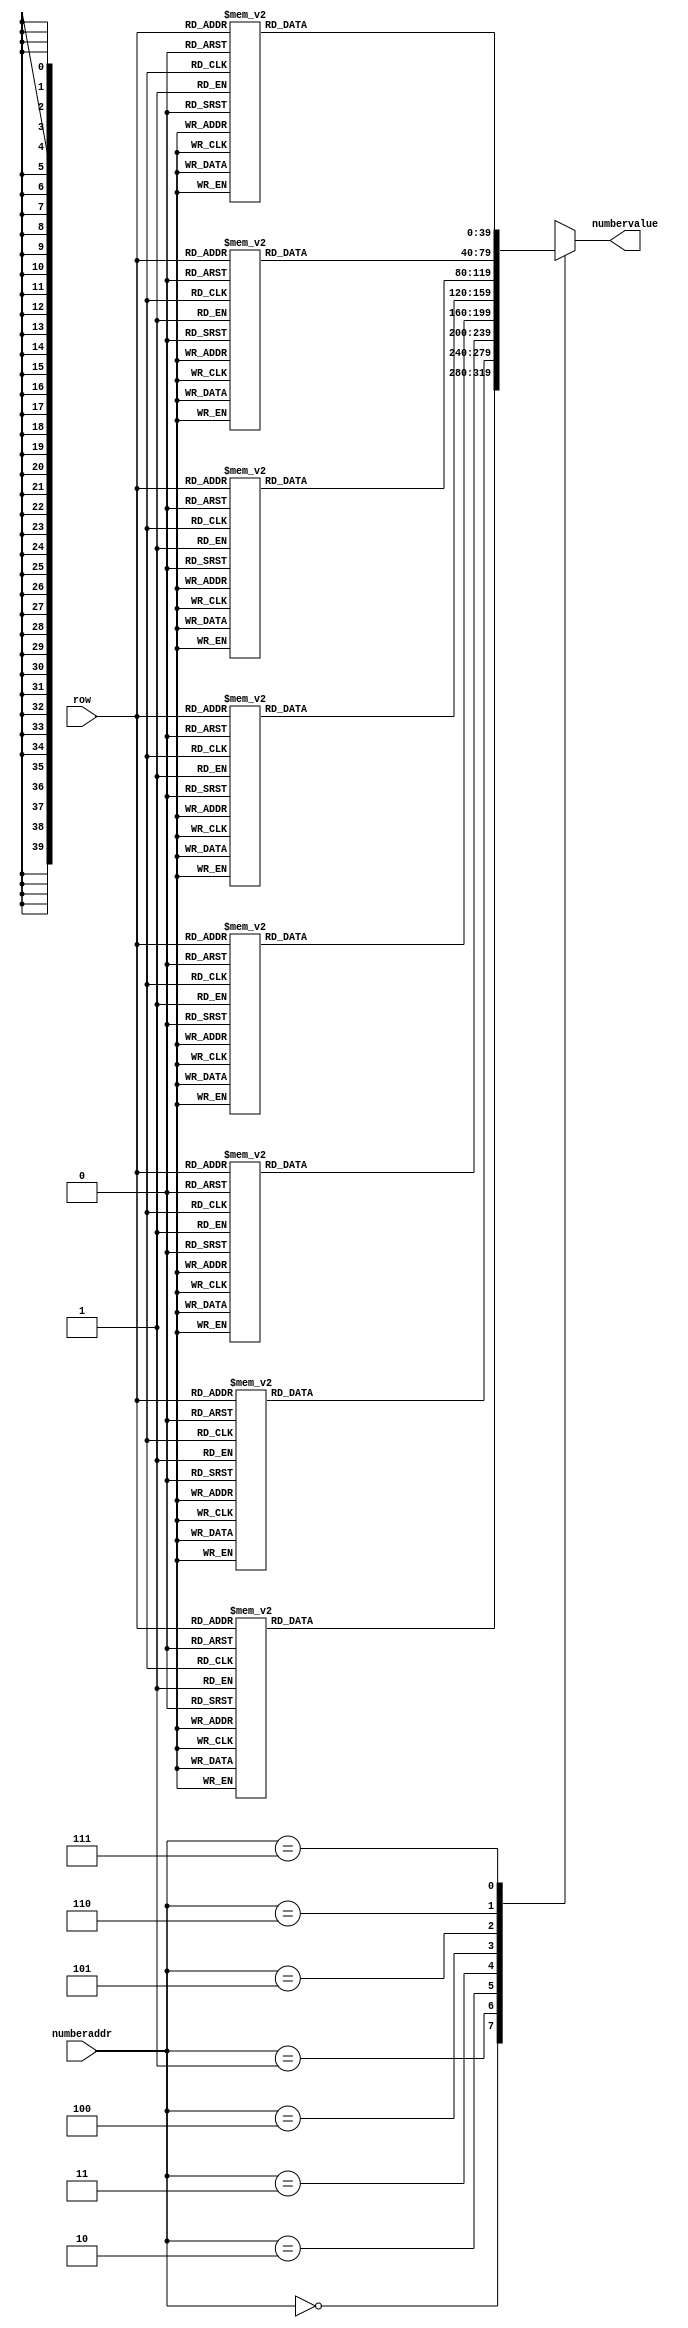
module NUMBER_ROM(numberaddr,row,numbervalue);
input [2:0] numberaddr;
input [5:0] row;
output reg [0:39] numbervalue;


always@(*)begin
	//number glyph selection
	case(numberaddr)
		3'd0:case(row) //8
			0: numbervalue =  40'b0000000000000000000000000000000000000000;
			1: numbervalue =  40'b0000000000000000000000000000000000000000;
			2: numbervalue =  40'b0000000000000000000000000000000000000000;
			3: numbervalue =  40'b0000000000000000000000000000000000000000;
			4: numbervalue =  40'b0000000000000000000000000000000000000000;
			5: numbervalue =  40'b0000000000000000000000000000000000000000;
			6: numbervalue =  40'b0000000000000000000000000000000000000000;
			7: numbervalue =  40'b0000000000000000000000000000000000000000;
			8: numbervalue =  40'b0000000000111111111111111111000000000000;
			9: numbervalue =  40'b0000000000111111111111111111000000000000;
			10: numbervalue=  40'b0000000000111111111111111111000000000000;
			11: numbervalue = 40'b0000000000111110000000011111000000000000;
			12: numbervalue = 40'b0000000000111110000000011111000000000000;
			13: numbervalue = 40'b0000000000111110000000011111000000000000;
			14: numbervalue = 40'b0000000000111110000000011111000000000000;
			15: numbervalue = 40'b0000000000111110000000011111000000000000;
			16: numbervalue = 40'b0000000000111110000000011111000000000000;
			17: numbervalue = 40'b0000000000111110000000011111000000000000;
			18: numbervalue = 40'b0000000000111111111111111111000000000000;
			19: numbervalue = 40'b0000000000111111111111111111000000000000;
			20: numbervalue = 40'b0000000000111111111111111111000000000000;
			21: numbervalue = 40'b0000000000111110000000011111000000000000;
			22: numbervalue = 40'b0000000000111110000000011111000000000000;
			23: numbervalue = 40'b0000000000111110000000011111000000000000;
			24: numbervalue = 40'b0000000000111110000000011111000000000000;
			25: numbervalue = 40'b0000000000111110000000011111000000000000;
			26: numbervalue = 40'b0000000000111110000000011111000000000000;
			27: numbervalue = 40'b0000000000111110000000011111000000000000;
			28: numbervalue = 40'b0000000000111110000000011111000000000000;
			29: numbervalue = 40'b0000000000111111111111111111000000000000;
			30: numbervalue = 40'b0000000000111111111111111111000000000000;
			31: numbervalue = 40'b0000000000111111111111111111000000000000;
			32: numbervalue = 40'b0000000000000000000000000000000000000000;
			33: numbervalue = 40'b0000000000000000000000000000000000000000;
			34: numbervalue = 40'b0000000000000000000000000000000000000000;
			35: numbervalue = 40'b0000000000000000000000000000000000000000;
			36: numbervalue = 40'b0000000000000000000000000000000000000000;
			37: numbervalue = 40'b0000000000000000000000000000000000000000;
			38: numbervalue = 40'b0000000000000000000000000000000000000000;
			39: numbervalue = 40'b0000000000000000000000000000000000000000;
			default: numbervalue = 40'd0;
		endcase 
		
			3'd1:case(row) //7
			0: numbervalue =  40'b0000000000000000000000000000000000000000;
			1: numbervalue =  40'b0000000000000000000000000000000000000000;
			2: numbervalue =  40'b0000000000000000000000000000000000000000;
			3: numbervalue =  40'b0000000000000000000000000000000000000000;
			4: numbervalue =  40'b0000000000000000000000000000000000000000;
			5: numbervalue =  40'b0000000000000000000000000000000000000000;
			6: numbervalue =  40'b0000000000000000000000000000000000000000;
			7: numbervalue =  40'b0000000000000000000000000000000000000000;
			8: numbervalue =  40'b0000000000011111111111111111100000000000;
			9: numbervalue =  40'b0000000000011111111111111111100000000000;
			10: numbervalue=  40'b0000000000011111111111111111100000000000;
			11: numbervalue = 40'b0000000000000000000000001111100000000000;
			12: numbervalue = 40'b0000000000000000000000001111100000000000;
			13: numbervalue = 40'b0000000000000000000000001111100000000000;
			14: numbervalue = 40'b0000000000000000000000011111000000000000;
			15: numbervalue = 40'b0000000000000000000000011111000000000000;
			16: numbervalue = 40'b0000000000000000000000111110000000000000;
			17: numbervalue = 40'b0000000000000000000000111110000000000000;
			18: numbervalue = 40'b0000000000000000000001111100000000000000;
			19: numbervalue = 40'b0000000000000000000001111100000000000000;
			20: numbervalue = 40'b0000000000000000000011111000000000000000;
			21: numbervalue = 40'b0000000000000000000011111000000000000000;
			22: numbervalue = 40'b0000000000000000000111110000000000000000;
			23: numbervalue = 40'b0000000000000000000111110000000000000000;
			24: numbervalue = 40'b0000000000000000001111100000000000000000;
			25: numbervalue = 40'b0000000000000000001111100000000000000000;
			26: numbervalue = 40'b0000000000000000011111000000000000000000;
			27: numbervalue = 40'b0000000000000000011111000000000000000000;
			28: numbervalue = 40'b0000000000000000111110000000000000000000;
			29: numbervalue = 40'b0000000000000000111110000000000000000000;
			30: numbervalue = 40'b0000000000000001111100000000000000000000;
			31: numbervalue = 40'b0000000000000001111100000000000000000000;
			32: numbervalue = 40'b0000000000000000000000000000000000000000;
			33: numbervalue = 40'b0000000000000000000000000000000000000000;
			34: numbervalue = 40'b0000000000000000000000000000000000000000;
			35: numbervalue = 40'b0000000000000000000000000000000000000000;
			36: numbervalue = 40'b0000000000000000000000000000000000000000;
			37: numbervalue = 40'b0000000000000000000000000000000000000000;
			38: numbervalue = 40'b0000000000000000000000000000000000000000;
			39: numbervalue = 40'b0000000000000000000000000000000000000000;
			default: numbervalue = 40'd0;
		endcase
		
		3'd2:case(row) //6
			0: numbervalue =  40'b0000000000000000000000000000000000000000;
			1: numbervalue =  40'b0000000000000000000000000000000000000000;
			2: numbervalue =  40'b0000000000000000000000000000000000000000;
			3: numbervalue =  40'b0000000000000000000000000000000000000000;
			4: numbervalue =  40'b0000000000000000000000000000000000000000;
			5: numbervalue =  40'b0000000000000000000000000000000000000000;
			6: numbervalue =  40'b0000000000000000000000000000000000000000;
			7: numbervalue =  40'b0000000000000000000000000000000000000000;
			8: numbervalue =  40'b0000000000011111111111111111100000000000;
			9: numbervalue =  40'b0000000000011111111111111111100000000000;
			10: numbervalue=  40'b0000000000011111111111111111100000000000;
			11: numbervalue = 40'b0000000000011110000000000000000000000000;
			12: numbervalue = 40'b0000000000011110000000000000000000000000;
			13: numbervalue = 40'b0000000000011110000000000000000000000000;
			14: numbervalue = 40'b0000000000011110000000000000000000000000;
			15: numbervalue = 40'b0000000000011110000000000000000000000000;
			16: numbervalue = 40'b0000000000011110000000000000000000000000;
			17: numbervalue = 40'b0000000000011110000000000000000000000000;
			18: numbervalue = 40'b0000000000011111111111111111100000000000;
			19: numbervalue = 40'b0000000000011111111111111111100000000000;
			20: numbervalue = 40'b0000000000011111111111111111100000000000;
			21: numbervalue = 40'b0000000000011110000000000111100000000000;
			22: numbervalue = 40'b0000000000011110000000000111100000000000;
			23: numbervalue = 40'b0000000000011110000000000111100000000000;
			24: numbervalue = 40'b0000000000011110000000000111100000000000;
			25: numbervalue = 40'b0000000000011110000000000111100000000000;
			26: numbervalue = 40'b0000000000011110000000000111100000000000;
			27: numbervalue = 40'b0000000000011110000000000111100000000000;
			28: numbervalue = 40'b0000000000011110000000000111100000000000;
			29: numbervalue = 40'b0000000000011111111111111111100000000000;
			30: numbervalue = 40'b0000000000011111111111111111100000000000;
			31: numbervalue = 40'b0000000000011111111111111111100000000000;
			32: numbervalue = 40'b0000000000000000000000000000000000000000;
			33: numbervalue = 40'b0000000000000000000000000000000000000000;
			34: numbervalue = 40'b0000000000000000000000000000000000000000;
			35: numbervalue = 40'b0000000000000000000000000000000000000000;
			36: numbervalue = 40'b0000000000000000000000000000000000000000;
			37: numbervalue = 40'b0000000000000000000000000000000000000000;
			38: numbervalue = 40'b0000000000000000000000000000000000000000;
			39: numbervalue = 40'b0000000000000000000000000000000000000000;
			default: numbervalue = 40'd0;
		endcase 
		
		3'd3:case(row) //5
			0: numbervalue =  40'b0000000000000000000000000000000000000000;
			1: numbervalue =  40'b0000000000000000000000000000000000000000;
			2: numbervalue =  40'b0000000000000000000000000000000000000000;
			3: numbervalue =  40'b0000000000000000000000000000000000000000;
			4: numbervalue =  40'b0000000000000000000000000000000000000000;
			5: numbervalue =  40'b0000000000000000000000000000000000000000;
			6: numbervalue =  40'b0000000000000000000000000000000000000000;
			7: numbervalue =  40'b0000000000000000000000000000000000000000;
			8: numbervalue =  40'b0000000000011111111111111111100000000000;
			9: numbervalue =  40'b0000000000011111111111111111100000000000;
			10: numbervalue=  40'b0000000000011111111111111111100000000000;
			11: numbervalue = 40'b0000000000011110000000000000000000000000;
			12: numbervalue = 40'b0000000000011110000000000000000000000000;
			13: numbervalue = 40'b0000000000011110000000000000000000000000;
			14: numbervalue = 40'b0000000000011110000000000000000000000000;
			15: numbervalue = 40'b0000000000011110000000000000000000000000;
			16: numbervalue = 40'b0000000000011110000000000000000000000000;
			17: numbervalue = 40'b0000000000011110000000000000000000000000;
			18: numbervalue = 40'b0000000000011110000000000000000000000000;
			19: numbervalue = 40'b0000000000011111111111111111100000000000;
			20: numbervalue = 40'b0000000000011111111111111111100000000000;
			21: numbervalue = 40'b0000000000011111111111111111100000000000;
			22: numbervalue = 40'b0000000000000000000000000111100000000000;
			23: numbervalue = 40'b0000000000000000000000000111100000000000;
			24: numbervalue = 40'b0000000000000000000000000111100000000000;
			25: numbervalue = 40'b0000000000000000000000000111100000000000;
			26: numbervalue = 40'b0000000000000000000000000111100000000000;
			27: numbervalue = 40'b0000000000000000000000000111100000000000;
			28: numbervalue = 40'b0000000000000000000000000111100000000000;
			29: numbervalue = 40'b0000000000011111111111111111100000000000;
			30: numbervalue = 40'b0000000000011111111111111111100000000000;
			31: numbervalue = 40'b0000000000011111111111111111100000000000;
			32: numbervalue = 40'b0000000000000000000000000000000000000000;
			33: numbervalue = 40'b0000000000000000000000000000000000000000;
			34: numbervalue = 40'b0000000000000000000000000000000000000000;
			35: numbervalue = 40'b0000000000000000000000000000000000000000;
			36: numbervalue = 40'b0000000000000000000000000000000000000000;
			37: numbervalue = 40'b0000000000000000000000000000000000000000;
			38: numbervalue = 40'b0000000000000000000000000000000000000000;
			39: numbervalue = 40'b0000000000000000000000000000000000000000;
			default: numbervalue = 40'd0;
		endcase
		
		3'd4: case(row) //4
			0: numbervalue =  40'b0000000000000000000000000000000000000000;
			1: numbervalue =  40'b0000000000000000000000000000000000000000;
			2: numbervalue =  40'b0000000000000000000000000000000000000000;
			3: numbervalue =  40'b0000000000000000000000000000000000000000;
			4: numbervalue =  40'b0000000000000000000000000000000000000000;
			5: numbervalue =  40'b0000000000000000000000000000000000000000;
			6: numbervalue =  40'b0000000000000000000000000000000000000000;
			7: numbervalue =  40'b0000000000000000000000000000000000000000;
			8: numbervalue =  40'b0000000000011111000001111100000000000000;
			9: numbervalue =  40'b0000000000011111000001111100000000000000;
			10: numbervalue=  40'b0000000000011111000001111100000000000000;
			11: numbervalue = 40'b0000000000011111000001111100000000000000;
			12: numbervalue = 40'b0000000000011111000001111100000000000000;
			13: numbervalue = 40'b0000000000011111000001111100000000000000;
			14: numbervalue = 40'b0000000000011111000001111100000000000000;
			15: numbervalue = 40'b0000000000011111000001111100000000000000;
			16: numbervalue = 40'b0000000000011111000001111100000000000000;
			17: numbervalue = 40'b0000000000011111000001111100000000000000;
			18: numbervalue = 40'b0000000000011111000001111100000000000000;
			19: numbervalue = 40'b0000000000011111000001111100000000000000;
			20: numbervalue = 40'b0000000000011111000001111100000000000000;
			21: numbervalue = 40'b0000000000011111111111111111100000000000;
			22: numbervalue = 40'b0000000000011111111111111111100000000000;
			23: numbervalue = 40'b0000000000011111111111111111100000000000;
			24: numbervalue = 40'b0000000000000000000001111100000000000000;
			25: numbervalue = 40'b0000000000000000000001111100000000000000;
			26: numbervalue = 40'b0000000000000000000001111100000000000000;
			27: numbervalue = 40'b0000000000000000000001111100000000000000;
			28: numbervalue = 40'b0000000000000000000001111100000000000000;
			29: numbervalue = 40'b0000000000000000000001111100000000000000;
			30: numbervalue = 40'b0000000000000000000001111100000000000000;
			31: numbervalue = 40'b0000000000000000000001111100000000000000;
			32: numbervalue = 40'b0000000000000000000000000000000000000000;
			33: numbervalue = 40'b0000000000000000000000000000000000000000;
			34: numbervalue = 40'b0000000000000000000000000000000000000000;
			35: numbervalue = 40'b0000000000000000000000000000000000000000;
			36: numbervalue = 40'b0000000000000000000000000000000000000000;
			37: numbervalue = 40'b0000000000000000000000000000000000000000;
			38: numbervalue = 40'b0000000000000000000000000000000000000000;
			39: numbervalue = 40'b0000000000000000000000000000000000000000;
			default: numbervalue = 40'd0;
		endcase
		
			3'd5:case(row) //3
			0: numbervalue =  40'b0000000000000000000000000000000000000000;
			1: numbervalue =  40'b0000000000000000000000000000000000000000;
			2: numbervalue =  40'b0000000000000000000000000000000000000000;
			3: numbervalue =  40'b0000000000000000000000000000000000000000;
			4: numbervalue =  40'b0000000000000000000000000000000000000000;
			5: numbervalue =  40'b0000000000000000000000000000000000000000;
			6: numbervalue =  40'b0000000000000000000000000000000000000000;
			7: numbervalue =  40'b0000000000000000000000000000000000000000;
			8: numbervalue =  40'b0000000000011111111111111111100000000000;
			9: numbervalue =  40'b0000000000011111111111111111100000000000;
			10: numbervalue=  40'b0000000000011111111111111111100000000000;
			11: numbervalue = 40'b0000000000000000000000001111100000000000;
			12: numbervalue = 40'b0000000000000000000000001111100000000000;
			13: numbervalue = 40'b0000000000000000000000001111100000000000;
			14: numbervalue = 40'b0000000000000000000000001111100000000000;
			15: numbervalue = 40'b0000000000000000000000001111100000000000;
			16: numbervalue = 40'b0000000000000000000000001111100000000000;
			17: numbervalue = 40'b0000000000000000000000001111100000000000;
			18: numbervalue = 40'b0000000000000000000000001111100000000000;
			19: numbervalue = 40'b0000000000011111111111111111100000000000;
			20: numbervalue = 40'b0000000000011111111111111111100000000000;
			21: numbervalue = 40'b0000000000011111111111111111100000000000;
			22: numbervalue = 40'b0000000000000000000000001111100000000000;
			23: numbervalue = 40'b0000000000000000000000001111100000000000;
			24: numbervalue = 40'b0000000000000000000000001111100000000000;
			25: numbervalue = 40'b0000000000000000000000001111100000000000;
			26: numbervalue = 40'b0000000000000000000000001111100000000000;
			27: numbervalue = 40'b0000000000000000000000001111100000000000;
			28: numbervalue = 40'b0000000000000000000000001111100000000000;
			29: numbervalue = 40'b0000000000011111111111111111100000000000;
			30: numbervalue = 40'b0000000000011111111111111111100000000000;
			31: numbervalue = 40'b0000000000011111111111111111100000000000;
			32: numbervalue = 40'b0000000000000000000000000000000000000000;
			33: numbervalue = 40'b0000000000000000000000000000000000000000;
			34: numbervalue = 40'b0000000000000000000000000000000000000000;
			35: numbervalue = 40'b0000000000000000000000000000000000000000;
			36: numbervalue = 40'b0000000000000000000000000000000000000000;
			37: numbervalue = 40'b0000000000000000000000000000000000000000;
			38: numbervalue = 40'b0000000000000000000000000000000000000000;
			39: numbervalue = 40'b0000000000000000000000000000000000000000;
			default: numbervalue = 40'd0;
		endcase 
		
		3'd6:case(row) //2
			0: numbervalue =  40'b0000000000000000000000000000000000000000;
			1: numbervalue =  40'b0000000000000000000000000000000000000000;
			2: numbervalue =  40'b0000000000000000000000000000000000000000;
			3: numbervalue =  40'b0000000000000000000000000000000000000000;
			4: numbervalue =  40'b0000000000000000000000000000000000000000;
			5: numbervalue =  40'b0000000000000000000000000000000000000000;
			6: numbervalue =  40'b0000000000000000000000000000000000000000;
			7: numbervalue =  40'b0000000000000000000000000000000000000000;
			8: numbervalue =  40'b0000000000111111111111111111000000000000;
			9: numbervalue =  40'b0000000000111111111111111111000000000000;
			10: numbervalue=  40'b0000000000111111111111111111000000000000;
			11: numbervalue = 40'b0000000000000000000000001111000000000000;
			12: numbervalue = 40'b0000000000000000000000001111000000000000;
			13: numbervalue = 40'b0000000000000000000000001111000000000000;
			14: numbervalue = 40'b0000000000000000000000001111000000000000;
			15: numbervalue = 40'b0000000000000000000000001111000000000000;
			16: numbervalue = 40'b0000000000000000000000001111000000000000;
			17: numbervalue = 40'b0000000000000000000000001111000000000000;
			18: numbervalue = 40'b0000000000111111111111111111000000000000;
			19: numbervalue = 40'b0000000000111111111111111111000000000000;
			20: numbervalue = 40'b0000000000111111111111111111000000000000;
			21: numbervalue = 40'b0000000000111100000000000000000000000000;
			22: numbervalue = 40'b0000000000111100000000000000000000000000;
			23: numbervalue = 40'b0000000000111100000000000000000000000000;
			24: numbervalue = 40'b0000000000111100000000000000000000000000;
			25: numbervalue = 40'b0000000000111100000000000000000000000000;
			26: numbervalue = 40'b0000000000111100000000000000000000000000;
			27: numbervalue = 40'b0000000000111100000000000000000000000000;
			28: numbervalue = 40'b0000000000111100000000000000000000000000;
			29: numbervalue = 40'b0000000000111111111111111111000000000000;
			30: numbervalue = 40'b0000000000111111111111111111000000000000;
			31: numbervalue = 40'b0000000000111111111111111111000000000000;
			32: numbervalue = 40'b0000000000000000000000000000000000000000;
			33: numbervalue = 40'b0000000000000000000000000000000000000000;
			34: numbervalue = 40'b0000000000000000000000000000000000000000;
			35: numbervalue = 40'b0000000000000000000000000000000000000000;
			36: numbervalue = 40'b0000000000000000000000000000000000000000;
			37: numbervalue = 40'b0000000000000000000000000000000000000000;
			38: numbervalue = 40'b0000000000000000000000000000000000000000;
			39: numbervalue = 40'b0000000000000000000000000000000000000000;
			default: numbervalue = 40'd0;
		endcase 
		
			3'd7:case(row) //1
			0: numbervalue =  40'b0000000000000000000000000000000000000000;
			1: numbervalue =  40'b0000000000000000000000000000000000000000;
			2: numbervalue =  40'b0000000000000000000000000000000000000000;
			3: numbervalue =  40'b0000000000000000000000000000000000000000;
			4: numbervalue =  40'b0000000000000000000000000000000000000000;
			5: numbervalue =  40'b0000000000000000000000000000000000000000;
			6: numbervalue =  40'b0000000000000000000000000000000000000000;
			7: numbervalue =  40'b0000000000000000000000000000000000000000;
			8: numbervalue =  40'b0000000000000000001111000000000000000000;
			9: numbervalue =  40'b0000000000000000011111000000000000000000;
			10: numbervalue=  40'b0000000000000000111111000000000000000000;
			11: numbervalue = 40'b0000000000000001111111000000000000000000;
			12: numbervalue = 40'b0000000000000011111111000000000000000000;
			13: numbervalue = 40'b0000000000000111111111000000000000000000;
			14: numbervalue = 40'b0000000000001110011111000000000000000000;
			15: numbervalue = 40'b0000000000011100011111000000000000000000;
			16: numbervalue = 40'b0000000000000000011111000000000000000000;
			17: numbervalue = 40'b0000000000000000011111000000000000000000;
			18: numbervalue = 40'b0000000000000000011111000000000000000000;
			19: numbervalue = 40'b0000000000000000011111000000000000000000;
			20: numbervalue = 40'b0000000000000000011111000000000000000000;
			21: numbervalue = 40'b0000000000000000011111000000000000000000;
			22: numbervalue = 40'b0000000000000000011111000000000000000000;
			23: numbervalue = 40'b0000000000000000011111000000000000000000;
			24: numbervalue = 40'b0000000000000000011111000000000000000000;
			25: numbervalue = 40'b0000000000000000011111000000000000000000;
			26: numbervalue = 40'b0000000000000000011111000000000000000000;
			27: numbervalue = 40'b0000000000000000011111000000000000000000;
			28: numbervalue = 40'b0000000000000000011111000000000000000000;
			29: numbervalue = 40'b0000000000011111111111111111000000000000;
			30: numbervalue = 40'b0000000000011111111111111111000000000000;
			31: numbervalue = 40'b0000000000011111111111111111000000000000;
			32: numbervalue = 40'b0000000000000000000000000000000000000000;
			33: numbervalue = 40'b0000000000000000000000000000000000000000;
			34: numbervalue = 40'b0000000000000000000000000000000000000000;
			35: numbervalue = 40'b0000000000000000000000000000000000000000;
			36: numbervalue = 40'b0000000000000000000000000000000000000000;
			37: numbervalue = 40'b0000000000000000000000000000000000000000;
			38: numbervalue = 40'b0000000000000000000000000000000000000000;
			39: numbervalue = 40'b0000000000000000000000000000000000000000;
			default: numbervalue = 40'd0;
		endcase
		default: numbervalue = 40'd0;
	endcase
end


endmodule